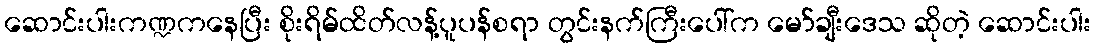
ဆောင်းပါးကဏ္ဍကနေပြီး စိုးရိမ်ထိတ်လန့်ပူပန်စရာ တွင်းနက်ကြီးပေါ်က မော်ချီးဒေသ ဆိုတဲ့ ဆောင်းပါး